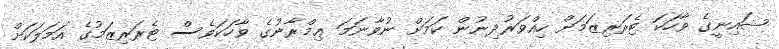
ޝައިނީގެ ވާހަކަ ޓެރަރިޒަމަށް ހިއްވަރުދިނުން ކަމަށް ނުވާނަމަ ޢިމްރާނުގެ ވާހަކަވެސް ޓެރަރިޒަމުގެ އަމަލަކަށް